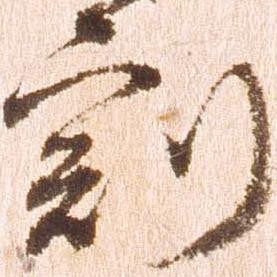
刻